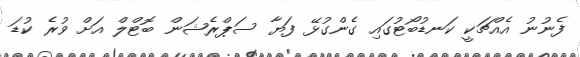
ފެނުނު އެއްޗަކީ ކަނޑުބޯޓުގައި ގެންގުޅޭ ފަޔާ ސަޕްރެޝަން ބޮޓްލް އަށް ވުރެ ކުޑަ